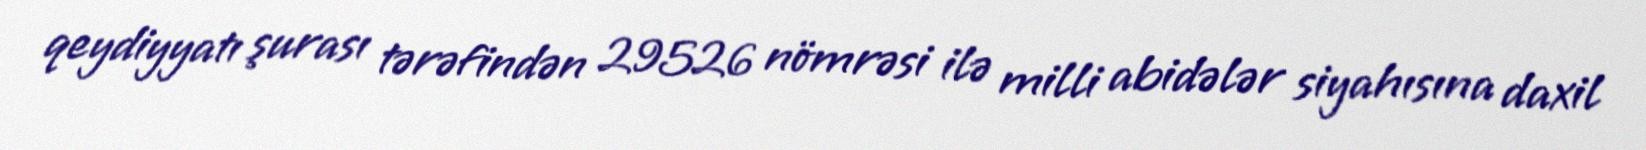
qeydiyyatı şurası tərəfindən 29526 nömrəsi ilə milli abidələr siyahısına daxil